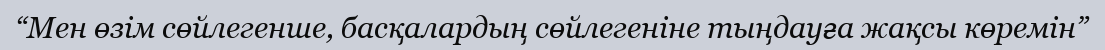
“Мен өзім сөйлегенше, басқалардың сөйлегеніне тыңдауға жақсы көремін”